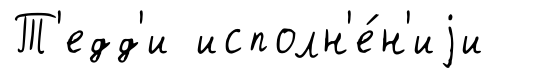
Т'едд'и исполн'е́н'иjи